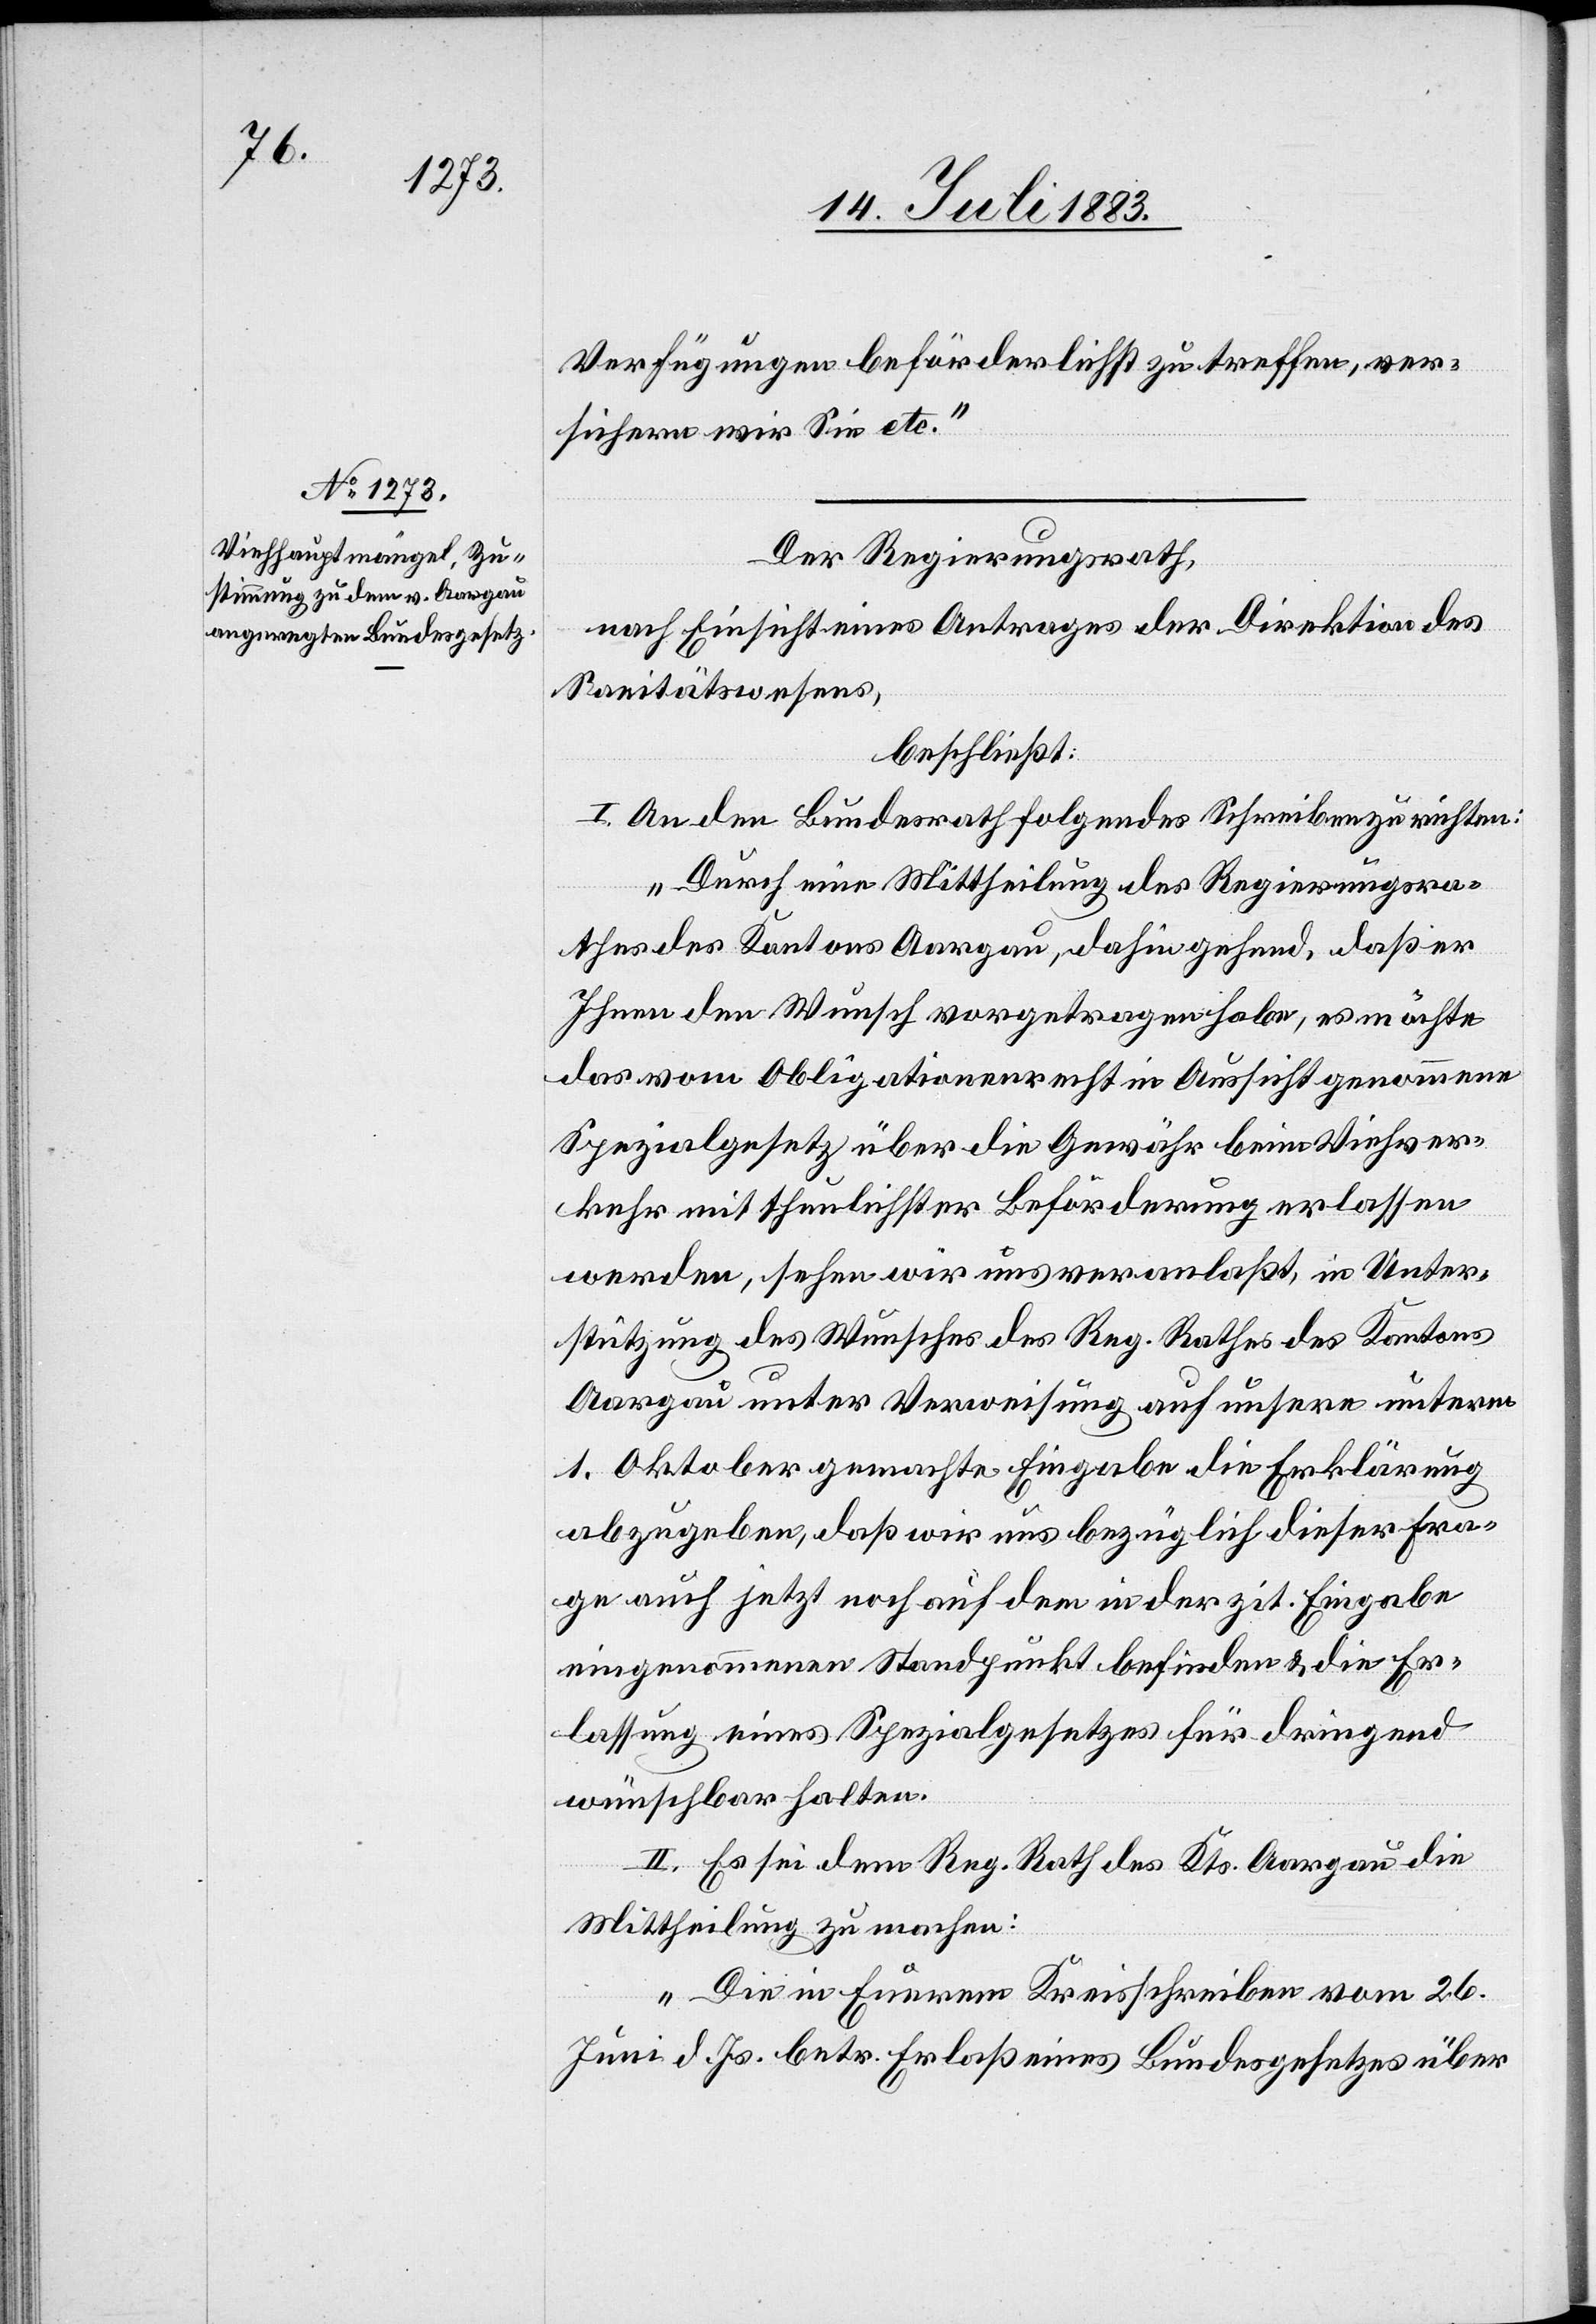
Verfügungen beförderlichst zu treffen, ver¬
sichern wir Sie etc.“
Der Regierungsrath,
nach Einsicht eines Antrages der Direktion des
Sanitätswesens,
beschließt:
I. An den Bundesrath folgendes Schreiben zu richten:
„Durch eine Mittheilung des Regierungsra¬
thes des Kantons Aargau, dahin gehend, daß er
Ihnen den Wunsch vorgetragen habe, es möchte
das vom Obligationenrecht in Aussicht genommene
Spezialgesetz über die Gewähr beim Viehver¬
kehr mit thunlicher Beförderung erlassen
werden, sehen wir uns veranlaßt, in Unter¬
stützung des Wunsches des Reg. Rathes des Kantons
Aargau unter Verweisung auf unsere unterm
1. Oktober gemachte Eingabe die Erklärung
abzugeben, daß wir uns bezüglich dieser Fra¬
ge auch jetzt noch auf dem in der zit. Eingabe
eingenommenen Standpunkt befinden & die Er¬
lassung eines Spezialgesetzes für dringend
wünschbar halten.[“]
II. Es sei dem Reg. Rath des Kts. Aargau die
Mittheilung zu machen:
„Die in Eurem Kreisschreiben vom 26.
Juni d. Js. betr. Erlaß eines Bundesgesetzes über